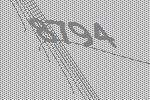
8794